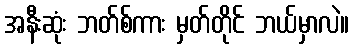
အနီးဆုံး ဘတ်စ်ကား မှတ်တိုင် ဘယ်မှာလဲ။